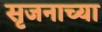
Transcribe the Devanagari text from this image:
सृजनाच्या